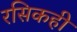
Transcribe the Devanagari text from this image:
रसिकही